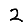
Digit: 2